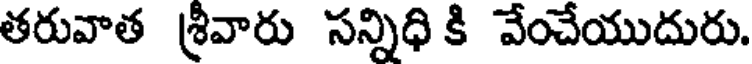
తరువాత శ్రీవారు సన్నిధి కి వేంచేయుదురు.